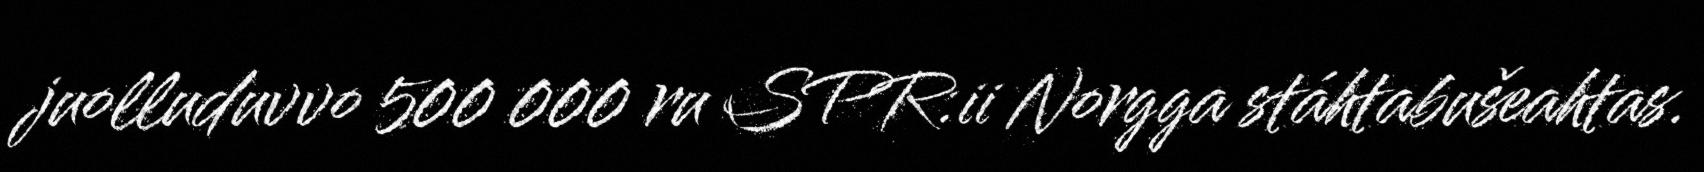
juolluduvvo 500 000 ru SPR:ii Norgga stáhtabušeahtas.